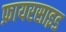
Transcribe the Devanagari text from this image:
फ़ायरसाइड